Vital statistics of India. Vol. IV, Annual returns from 1871 to 1876. British Army of India, Native Army and jails of Bengal
Year: 1871
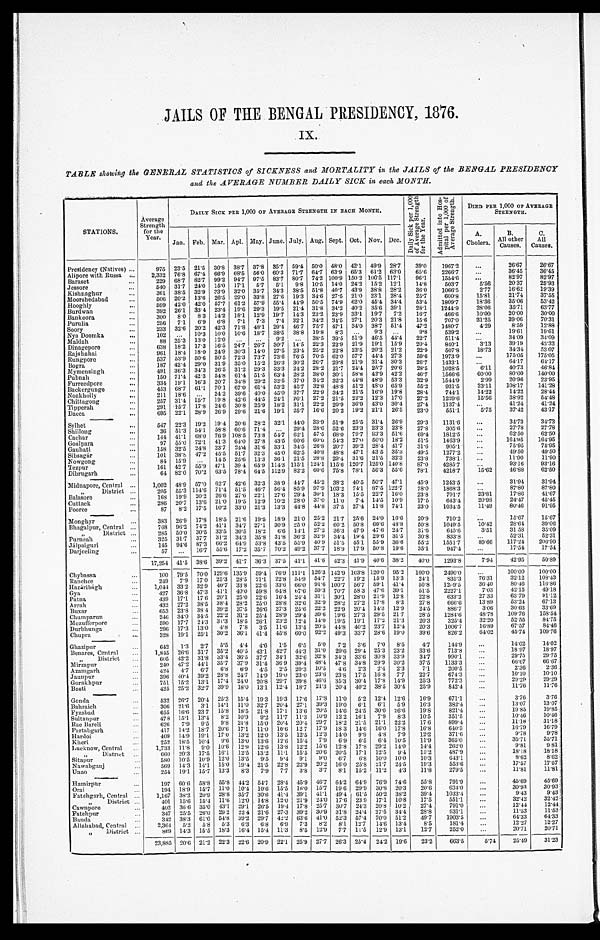
JAILS OF THE BENGAL PRESIDENCY, 1876.
IX.
TABLE showing the GENERAL STATISTICS of SICKNESS and MORTALITY in the JAILS of the BENGAL PRESIDENCY
and the AVERAGE NUMBER DAILY SICK in each MONTH.
STATIONS.
Averag
e Strengt
h for the Ye a r .
DAILY SICK PEE 1,000 OF AVERAGE STRENGTH IN EACH MONTH.
D a i l y S i c k p e r 1 , 0 0 0 o f A v e r a g e S t r e n g t h f o r t h e Y e a r .
A d m i t t e d i n t o H o s - p i t a l p e r 1 , 0 0 0 o f A v e r a g e S t r e n g t h .
DIED PER 1,000 OF AVERAGE
STRENGTH.
Jan. Feb. Mar. Apl. May. June. July. Aug. Sept.Oct. Nov. Dec.
A.
Cholera.
B.
All other
Causes.
C.
All
Causes.
Presidency (Natives)
975 23.5 21.5 30.8 38.7 37. 8 35.7 59. 4 50.0 48.0 42.1 49.9 28.7 39.0 1967.2
...
26. 67
26.67
Alipore with Russa
2,332 76.8 67.466.9 6 8 . 5 5 6 . 0 60.3 71.7
6 4 . 7
63.965.3 6 1 . 2 63.0
65. 6
2 2 6 6 . 7 ...
3 6 . 4 5
3 6 . 4 5
Baraset
229 68.7 82.7 99.2 94.7 97. 5 83.7 8 0 . 7
7 4 . 2 100.9 150.2 1 0 0 . 5 117.1
96. 1
1 5 6 4 . 6 ...
82.97
8 2 . 9 7
Jessore
540 31.7 246 15.0 17.1 5.7 5.1
9 . 8
1 0 . 5 14.0 24.2 1 5 . 2 12.1
14. 8
5 0 3 . 7
5 . 5 6
2 0 . 3 7
2 5 . 9 3
Kishnaghur
361 38.5 32.9 33.9 32.0
3 5 . 7 34.3 3 8 . 5 5 1 . 8 40.7 43.9 3 8 . 8 28.2
36. 0
1 0 6 6 . 5
2 . 7 7
1 6 . 6 2
1 9 . 3 9
Moorshedabad
506 20.2 13.6 26.5 29.0 33.8 27.6 19.3 3 4 . 6 27.5 21.0
2 3 . 1 28.4
25. 7 600.8 15.81
2 1 . 7 4
3 7 . 5 5
Hooghly
599 42.0 42.0 57.7
6 1 . 2 5 7 . 9 55.4 4 4 . 9 5 0 . 5 74.9 62.0 45.4 34.4
53. 4 1809.7
1 8 . 3 6 35.06
5 3 . 4 2
Burdwan
392 26.1 33.4 23.4 19.6 29.3 19.5 21.4 3 1 . 8 34.2 40.2 3 5 . 6 39.1
28. 1
1 2 4 4 . 9
2 8 . 0 6
3 5 . 7 1
6 3 . 7 7
Bankoora
300 8.0 8.3 14.2 1 8 . 1
1 2 . 9 19.7 1 4 . 3 23.2 23.9 33.1
1 9 . 7 7.2
16. 7
4 6 6 . 6
1 0 . 0 0
2 0 . 0 0
3 0 . 0 0
Purulia
266 7.1 6.9 6.8
7 . 1
7 . 3 7.4 3 2 . 1
3 4 . 2 34.5 27.1 2 0 . 3 21.8
15. 6
7 0 7 . 0
3 1 . 2 5
3 9 . 0 6
7 0 . 3 1
Soory
233 32.6 20.2 42.3 71.8 48.1 29.4 4 6 . 7
7 5 . 7 47.1 34.0 3 8 . 7 51.4 4 7 . 2
1 4 8 0 . 7 4.29
8 . 5 9
1 2 . 8 8
Nya Doomka
102 ... 10.3 10.0 10.6 18.7 38.5
3 8 . 8 1 9 . 8 8.3 ...
9 . 3 ...
9. 8 539.2 ...
1 9 . 6 1
1 9 . 6 1
Maldah
88 25.3 13.0 12.0 ... ... 9.2 . . .
3 8 . 5 39.5 51.9 4 6 . 5 44.4 22.7
5 1 1 . 4
. . .
34.09
3 4 . 0 9
Dinagepore
638 18.2 17.3 16.5 24.7 26.7 30.7
1 4 . 5 22.3 22.9 21.9 1 9 . 1 15.9 20.4
8 4 0 . 1
3 . 1 3 39.19
4 2 . 3 2
Rajshahai
9 6 1 18.4 18.024.9 3 0 . 3
1 4 . 0
27.5 2 3 . 4 2 5 . 2 22.823.5 2 0 . 2 21.2
22. 9
5 0 7 . 8 18.73
3 4 . 3 4
5 3 . 0 7
Rungpore
5 3 7
53.9 50.6 50.5 72.3 73.7 73.6 76.5 7 0 . 5 62.0 57.7 44.4 27.3
59. 6 1973.9
...
1 7 5 . 0 5
1 7 5 . 0 5
Bogra
187 42.4 29.031.9 3 5 . 0
1 5 . 2
26.3 3 0 . 2 26.7 29.8 21.9 3 1 . 4 30.3 26.7 1433.1
. . .
6 4 . 1 7
6 4 . 1 7
Mymensingh
491 36.3 34.3 26.5 31.2 29.3 33.3 24.2 28.2 21.7 24.4 2 5 . 7 20.6
28. 5 1028.5 6.11 40.73
4 6 . 8 4
Pubnah
150 71.4 42.3 54.8
6 1 . 4
5 1 . 6
63.4 2 8 . 2
3 8 . 0 30.1 58.8 42.9 42.2 46.7
1 5 6 6 . 6
6 0 . 0 0 80.00
1 4 0 . 0 0
Furreedpore
334 19.1 16.3 20.7 34.8 29.2 32.5 37.0 34.2 32.3 44.8 48.9 53.3 32.9 1544.9
2 . 9 9
2 0 . 9 6
2 3 . 9 5
Backergunge
453 68.7 61.1 70.1 67.0 61.4 53.2 45.7 32.8 48.8 51.2 4 8 . 0 65.9
55. 2
9 3 1 . 5
3 3 . 1 1
1 0 8 . 1 7
1 4 1 . 2 8
Noakholly
211 18.6 ... 24.2 39.6 40.0 45.0 3 7 . 7 22.9 34.2 21.5 1 6 . 9 19.8 28.4
7 4 4 . 1 14.22
1 4 . 2 2
2 8 . 4 4
Chittagong
257 31.4 15.719.8 4 2 . 6
4 4 . 5 24.1
2 6 . 1 2 7 . 2 21.5 22.2 1 2 . 3 17.0
27. 2
1 2 2 9 . 6 15.56
3 8 . 9 2
5 4 . 4 8
Tipperah
291 15.7 17.8 24.6 3 0 . 8
2 5 . 9 18.2
3 1 . 1 2 2 . 2 20.9 36.9 4 3 . 0 30.4
27. 4
1 1 3 7 . 4
. . .
4 1 . 2 4
4 1 . 2 4
Dacca
695 22.1 28.9 26.9 29.6
2 1 . 6
19.1 2 5 . 7
1 6 . 6 20.219.2 2 1 . 1 26.523.0
5 5 1 . 1
5.75
3 7 . 4 2
4 3 . 1 7
Sylhet
547 22.3 19.2 19.4 20.6 28.2 32.1 44.0 33.9 51.9 25.5 31.4 26.9 29.3 1131.6 ...
34.73 34.73
Shillong
36 51.3 54. 158. 8 60.6 7 1 . 4
. . . 29. 4
2 8 . 6 5 2 . 6 23.3 23.3 2 3 . 3 23.8
27. 8
3 0 5 . 6
. . .
2 7 . 7 8
2 7 . 7 8
Cachar
144 41.1 68.0 76.9 1 0 8 . 5
7 3 . 8 54.7
6 2 . 1 5 7 . 5 68.0 79.7 8 3 . 3 51.6
69. 4
1 8 1 2 . 5
. . .
6 2 . 5 0
6 2 . 5 0
Goalpara
97 55.0 72.1 41.3 64.0 27.8 43.5 6 0 . 6 6 0 . 0 54.327.0 5 0 . 0 18.2
51. 5
1 4 6 3 . 9
. . .
1 6 4 . 9 5
1 6 4 . 9 5
Gauhati
158 32.5 24.8 23.7
2 4 . 4
3 1 . 6 33.1
3 4 . 5 2 6 . 8 20.7 39.2 2 8 . 4 41.7
31. 6
9 0 5 . 1
. . .
7 5 . 9 5
7 5 . 9 5
Sibsagár
101 38.8 47.2 45.5 5 1 . 7
3 2 . 3
45.0 6 2 . 5 4 0 . 8 48.8 47.1 4 3 . 5 35.3
49. 5
1 2 7 7 . 2 ...
4 9 . 5 0
4 9 . 5 0
Nowgong
84 15. 9 ... 14.5
2 5 . 6
1 3 . 3 36.1
2 1 . 5 2 8 . 8 29.4 31.6
2 1 . 5
32.3 23. 8
7 3 8 . 1
. . .
1 1 . 9 0
1 1 . 9 0
Tezpur
161 42.7 55.9 47.1 3 9 . 4
6 5 . 9 114.3
1 1 5 . 1 1 2 4 . 1 115.6 120.7 1 2 5 . 0 140.8
87. 0
4 2 8 5 . 7
. . .
9 3 . 1 6
9 3 . 1 6
Dibrugarh
64 82.0 70.2 63.5 7 8 . 4
6 4 . 5
112.9
8 2 . 2
6 0 . 6 75.878.1 5 6 . 3 55.678.1
4 2 1 8 . 7
15.62
4 6 . 8 8
6 2 . 5 0
Midnapore, Central 1,002 48.9 57.0 62.7 42.6 32.3 38.9 44.7
4 5 . 2 38.2 40.5
5 0 . 7 47.1
45. 9
1 2 4 3 . 5
. . .
3 1 . 9 4
3 1 . 9 4
" District
205 55.3 114.6 71.4 51.5 46.7 56.4 85.9 9 7 . 9 103.2 74.1 8 7 . 5 122.7 78.0 1868.3
. . .
8 7 . 8 0
8 7 . 8 0
Balasore
168 19.9 20.2 26.6 27.6
2 2 . 1 27.6
2 9 . 4 3 0 . 1 18.3
1 5 . 5 2 2 . 7 16.0
23. 8
7 9 1 . 7
2 3 . 8 1
1 7 . 8 6
4 1 . 6 7
Cuttack
286 20.7 13.6 21.0 1 9 . 5
1 2 . 9 10.2
2 8 . 0 3 7 . 0 11.0 7.4 1 4 . 5 10.9
17. 6
6 4 3 . 4
2 0 . 9 8
2 4 . 4 7
4 5 . 4 5
Pooree
87 8. 2 17.5 10.2 3 3 . 0
2 1 . 3
13.3 4 4 . 8
4 4 . 8 37.527.4 1 1 . 8 74.123.0
1 0 3 4 . 5
11.49
8 0 . 4 6
9 1 . 9 5
Monghyr
3 8 3 2 6 . 9 17.8 18.5 2 1 . 6
1 9 . 5 18.9
2 1 . 0
2 5 . 2 21.7 25.6
2 4 . 0 16.6 20.9
7 1 0 . 2
. . .
1 5 . 6 7
1 5 . 6 7
Bhagalpur, Central
768
9 6 . 2 74.2 41.1 3 4 . 7
2 7 . 1 3 0 . 9
2 5 . 0 5 2 . 2 60.2 50.8 6 0 . 6 48.8
50. 8
1 0 4 9 . 5
1 0 . 4 2
2 8 . 6 4
3 9 . 0 6
" District
285 50.0 30.5 33.5 30.5 18.2 6.6
1 4 . 1 2 7 . 2 36.3 47.9 4 7 . 6 24.7
31. 6
6 4 5 . 6 3.51
3 1 . 5 8
3 5 . 0 9
Purneah
325 31.7 37.7 31.2 34.3 35.8 31.8 3 6 . 2 3 2 . 9 34.419.4 2 9 . 6 31.5
30. 8
8 3 3 . 8
. . . 117.24 206.90
Jálpaiguri
145 94.6 87.3 66.2 64.9 53.8 43.5 55.9 4 0 . 9 51.5 45.1 5 5 . 9 36.6
55. 2
1 5 5 1 . 7 89.66
1 1 7 . 2 4
2 0 6 . 9 0
Darjeeling
57 . . . 16.7 55.6 17.2 35.7 70.2 4 9 . 2
3 7 . 7 18.917.9 5 0 . 8 19.635.1
9 4 7 . 4 ...
1 7 . 5 4
1 7 . 5 4
17,254 41.5 38.6 39.2 41.7 36.3 37.5 41.1 41.6 42.3 41.9 40.6 38.2
40. 0 1293.8
7 . 9 4 42.95 50.89
Chybassa
100 79.5 70.0 129.6 135.9 59.4 76.9 111.1 126.3 142.9 103.8 120.0 95.2 100.0 2490.0
. . . 100.00 100.00
Ranchee
249 7.9 17.0 25.3 28.5 21.1 22.8
5 4 . 9 5 4 . 7 22.7 19.2 1 5 . 9 13.3
24. 1
8 3 5 . 3
7 6 . 3 1
3 2 . 1 2
1 0 8 . 4 3
Hazáriágh
1 , 0 4 4 3 3 . 2 32.9 40.7 3 3 . 8
2 2 . 6
33.6 6 6 . 0 9 1 . 6 100.756.7 5 9 . 1 41.4
50. 8
1 2 9 . 5
3 6 . 4 0
8 0 . 4 6
1 1 6 . 8 6
Gya
427
3 6 . 8 47.3 41.1 4 0 . 0
5 9 . 8 64.8
6 7 . 6
5 9 . 3 70.7 58.3
4 7 . 6 39.151.5
2 2 2 7 . 1 7.03
4 2 . 1 5
4 9 . 1 8
Patna
439 1 7 . 1 17.6 20.1 2 5 . 0
2 2 . 6 16.4
2 4 . 4 3 1 . 1 30.1 28.0 2 1 . 9 12.8
22. 8
6 3 3 . 2
2 7 . 3 3
6 3 . 7 9
9 1 . 1 2
Arrah
432
2 7 . 2 38.5 38.4 2 8 . 2
2 5 . 0 28.8
3 2 . 6 3 2 . 9 28.2 27.2 1 7 . 8
8 . 3
27. 8
6 6 6 . 6
1 3 . 8 9
5 3 . 2 4
6 7 . 1 3
Buxar
653 23.8 38.4 39.2 37.5 26.6 27.3 25.6 22.2 22.9 20.4 14.3 12.9 24.5 886.7
3.06
3 0 . 6 3
3 3 . 6 9
Chumparun
246 34.0 34.5 22.2 31.2 25.4 28.9 29.4
3 9 . 6 19.6 27.3 29.5 21.7 28.5 1284.6 48.78
1 0 9 . 7 6
1 5 8 . 5 4
Mozifferpore
590 17.7 24.3 31.3 1 8 . 5
2 6 . 1 23.2
1 2 . 4 1 4 . 0 19.5 19.1 1 7 . 2 21.3 20.3
3 2 5 . 4
3 2 . 2 0
5 2 . 5 5
8 4 . 7 5
Durbhunga
2 9 6
17.3 13.0
4 . 8 7.8 3.5 11.6 13.4 2 0 . 5 44.8 40.2
2 3 . 7 12.4 20. 3
1 0 0 6 . 7
1 6 . 8 9
6 7 . 5 7
8 4 . 4 6
Chupra
328 19.1 25.1 30.2 36.1 41.4 45.8 60.0
9 2 . 2 49.3 33.7 28.6 19.0 39.6 826.2 64.02
4 5 . 7 4
1 0 9 . 7 6
Ghazipur
642 1. 3 2.7 5.5 4. 4 4.6 1.5 6.5 5. 0 7.2 3.6 7. 0 8.5 4.7
144.9 ...
14.02
14.02
Benares, Central
1,845 26.6 31.7 35.2 4 0 . 5
4 3 . 1 42.7
4 4 . 3 3 1 . 0 29.6 29.4 2 5 . 3 23.2 33.6
7 1 3 . 8 ...
1 8 . 9 7
1 8 . 9 7
" D i s t r i c t
605 42.2 31.833.4 3 6 . 5
3 7 . 7
34.1 3 2 . 6 3 2 . 8 34.333.6 3 0 . 8 33.9
3 4 . 7
9 9 0 . 1
...
2 9 . 7 5
2 9 . 7 5
Mirzapur
240 47.2 44.1 35.7 3 7 . 9
3 1 . 4 36.9
3 9 . 4
4 8 . 4 47.8 34.8 2 9 . 9 30.2
37. 5
1 1 3 3 . 3
. . .
6 6 . 6 7
6 6 . 6 7
Azamgarh
424
4 . 7
6 . 7
6 . 8
6 . 9
4 . 5 2.5
2 0 . 3
1 0 . 5
4 . 6
2 . 3
2 . 4
2 . 3
7 . 1
2 0 0 . 5
. . .
2 . 3 6
2 . 3 6
Jaunpur
396 40.4 39.2 28.8 2 4 . 7
1 4 . 9 19.0
2 3 . 0
2 3 . 6 23.817.5 1 6 . 8 7.7
22. 7
6 7 4 . 3
. . .
1 0 . 1 0
1 0 . 1 0
Gorakhpur
751
1 5 . 2 13.1 17.4 2 4 . 0
2 0 . 8 29.7
3 9 . 8
4 6 . 6 35.3 30.4
1 7 . 8 14.925.3
7 7 2 . 3
. . .
2 9 . 2 9
2 9 . 2 9
Basti
4 2 5 2 5 . 2 32.7 39.9
1 8 . 0 1 3 . 1 12.4
1 8 . 7 2 1 . 3 20.4
4 0 . 2 3 8 . 5 30.4
2 5 . 9
8 4 2 . 4
. . .
1 1 . 7 6
1 1 . 7 6
Gonda
532 26.7 20.4 25.3 15.4 19.3 19.3 17.6 17.8
1 1 . 0
5 . 2 1 2 . 4 12.6
1 6 . 9
6 7 1 . 1
. . .
3 . 7 6
3 . 7 6
Bahraich
306
2 1 . 6
3 . 1 14.1
1 1 . 0 3 2 . 7 20. 4
2 7 . 1
3 9 . 3 19.0
6 . 1
6 . 1
5 . 9
1 6 . 3
3 8 2 . 4
...
1 3 . 0 7
1 3 . 0 7
Fyzabad
655 16.6 23.7 15.8
1 8 . 5
2 1 . 8 17. 1
1 3 . 6
2 0 . 5 14.6
2 4 . 5
3 0 . 0 26.6
1 9 . 8
8 2 1 . 4
. . .
1 9 . 8 5
1 9 . 8 5
Sultanpar
478 1 5 . 1 13.4
8 . 2
1 0 . 9
9 . 2 11. 7
1 1 . 3
1 0 . 9
12.2 1 6 . 1
7 . 9 8 . 3
1 0 . 5
3 5 1 . 5
. . .
1 0 . 4 6
1 0 . 4 6
Rae Bareli
626 7. 9 9.5 9.8
2 1 . 8
1 5 . 0 20. 4
2 0 . 4
2 9 . 7 18.2 21.5 2 1 . 1 22.2
1 7 . 6
8 9 9 . 4
. . .
1 1 . 1 8
1 1 . 1 8
Partabgarh
417 14.2 18.7 20.6
1 7 . 1
1 1 . 0 10. 6
1 2 . 7
1 7 . 9 18.3
1 4 . 6
1 6 . 0 17.8
1 6 . 8
6 4 0 . 3
. . .
1 6 . 7 9
1 6 . 7 9
Hardoi
409 14.9 19.1 17.0
1 3 . 2
1 2 . 0 13. 5
1 2 . 5
1 2 . 3
14.09.9
4 . 8 7 . 9
1 2 . 2
3 7 1 . 6
. . .
9 . 7 8
9 . 7 8
Kheri
252 18. 5 10.4 9.6 13.0 13.6 12.6 15.4 7.9 6.9 6.5 6.4 10.5 11.9
365.0 ...
35.71
3 5 . 7 1
Luc know, Central
1,733 11.8 9.0 10.6 12.9 12.6 13.8 12.2 15.6 12.8 17.8 29.2 14.0 14.4
262.0 ...
9 . 8 1
9 . 8 1
" District
660 20.3 17.5 16.1 12.5 13.2 11.1 15.5 20.6 20.5 17.1 12.5 9.4 15.2
487.9 ...
1 8 . 1 8
1 8 . 1 8
Sitapur
580 10.5 10.9 12.0 13.5 9.5 9. 4 9.1
9 . 0 6.7 6.8 10.0
1 0 . 0 10.3
643.1 ...
8 . 6 2
8 . 6 2
Nawabganj
569 14.3 14.1 15.0
1 9 . 4
2 1 . 5 22. 8
2 2 . 9
2 0 . 2 16.0
2 5 . 8
2 1 . 7 2 4 . 5
1 9 . 3
5 5 3 . 6
. . .
1 7 . 5 7
1 7 . 5 7
Unao
254 19.1 15.7 13.3
8 . 3
7 . 9 7. 7
3 . 8
3 . 7
8 . 1
1 5 . 2
1 1 . 2
4 . 3
1 1 . 8
2 7 9 . 5
. . .
1 1 . 8 1
1 1 . 8 1
Hamirpur
197 60.6 58.8 55.8 44.2 54.7 28.4 45.9 46.7 64.2 64.9 76.9 74.6 55.8
791.9 ...
45.69 45.69
Orai
194 18.9 15.7 11.0 10.4 10.6 15.5 16.0 15.7 19.6 29.9 30.8 20.3 20.6
634.0
. . . 30.93 30.93
Fatehgarh, Central
1,167 38.2 20.9 28.8 35.7 30.6 41.4 39.1 41.1 49.4 61.5 50.2 38.2 39.4 1033.4...
9.43
9 . 4 3
" District
401 15.6 15.4 11.6 12.0 14.8 12.0 21.9 24.0 17.6 23.9 17.1 10.8 17.5
551.1 ...
3 2 . 4 2
3 2 . 4 2
Cawnpore
402 36.6 35.0 43.1 29.1 26.5 19.4 17.8 25.7 30.7 24.3 20.8 10.2 27.4
791.0 ...
12.44 12.44
Fatehpur
347 25.5 260.0 29.2 22.4 21.6 27. 3 39.2 30.9 31.8 24.4 27.5 34.4 28.8
631.1 ...
11.53 11.53
Banda
342 38.3 61.0 54.8 39.2 29.7 42.2 63.6 41.0 52.3 57.4 70.0 51.2 49.7 1903.5 ...
6 4 . 3 3
6 4 . 3 3
Allahabad, Central 2,364 5. 2 5.8 5.3 6.3 6.8 6.9 7.3 8.2 8.1 12.7 14.6 13.4 8. 5
181.4...
1 2 . 2 7
1 2 . 2 7
" District
869 14.3 15.5 18.3
1 6 . 4
1 5 . 4 11.3
8 . 5
1 2 . 9
7 . 7
1 1 . 5
1 2 . 9
1 3 . 1
1 2 . 7 2 5 2 . 0
. . .
20.71
2 0 . 7 1
23,885 20.6 21.2 22.3 22.6 20.9 22.1 25.9
2 7 . 7 26.3 25.4 24.2 19.6 23.2
663.5
5.74 25.49 31. 23